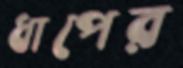
ধাপের